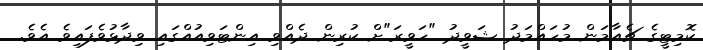
ކޮމިޓީގެ ޗެއާމަން މުހައްމަދު ޝަވީދު "ހަވީރަ"ށް ކުރިން ދެއްވި އިންޓަވިއުއްްގައި ވިދާޅުވެފައިވެ އެވެ.